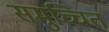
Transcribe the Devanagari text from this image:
समुच्चित